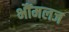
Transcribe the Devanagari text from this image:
भौंमलज